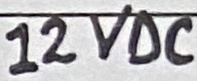
Text: 12VDC